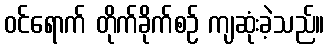
ဝင်ရောက် တိုက်ခိုက်စဉ် ကျဆုံးခဲ့သည်။